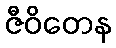
ဇီဝိတေန